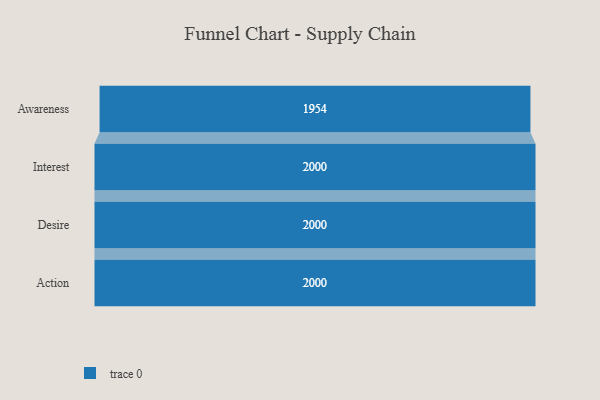
{"axis": {"x": "Stage", "y": "Value"}, "legend": [""], "data": [{"x": "Awareness", "y": 1954.0, "type": ""}, {"x": "Interest", "y": 2000, "type": ""}, {"x": "Desire", "y": 2000, "type": ""}, {"x": "Action", "y": 2000, "type": ""}]}